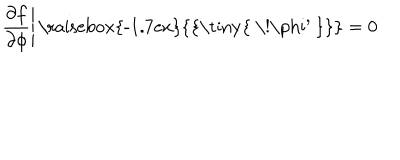
\left. { \frac { \partial f } { \partial \phi } } \right| { \mathrm { \raisebox { - 1 . 7 e x } { { \tiny { ~ \! \ p h i ^ { \prime } ~ } } } } } = 0